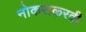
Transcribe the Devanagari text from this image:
नोकराकरवी